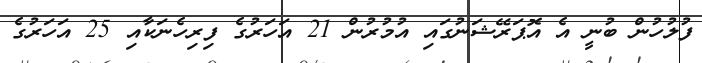
ފުލުހުން ބުނީ އެ އޮޕަރޭޝަނުގައި އުމުރުން 21 އަހަރުގެ ފިރިހެނަކާއި 25 އަހަރުގެ